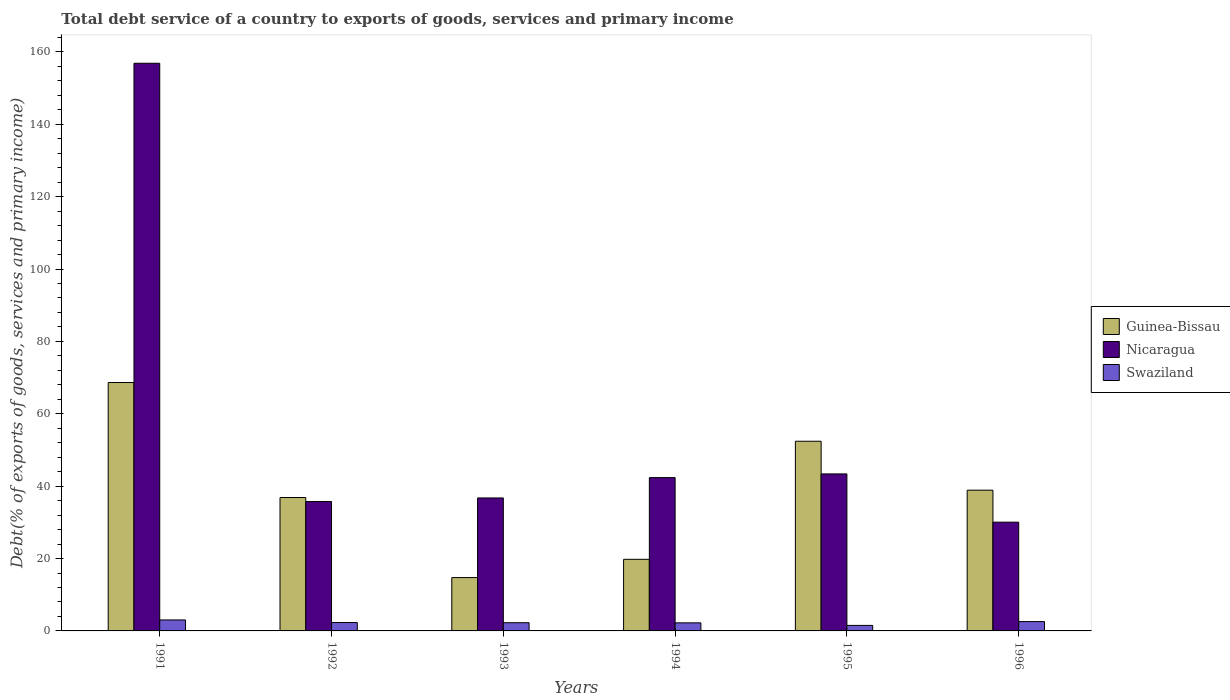
| Years | Guinea-Bissau | Nicaragua | Swaziland |
 | --- | --- | --- | --- |
 | 1991 | 68.6 | 157 | 3.03 |
 | 1992 | 36.9 | 35.8 | 2.32 |
 | 1993 | 14.7 | 36.7 | 2.27 |
 | 1994 | 19.8 | 42.4 | 2.23 |
 | 1995 | 52.4 | 43.4 | 1.53 |
 | 1996 | 38.9 | 30.1 | 2.58 |